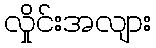
လှိုင်းအလျား